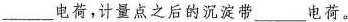
___电荷，计量点之后的沉淀带___电荷。